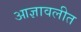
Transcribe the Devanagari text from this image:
आज्ञावलीत